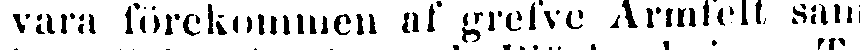
vara förekommen af grefve Armfelt samt